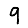
Digit: 9